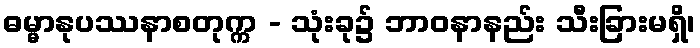
ဓမ္မာနုပဿနာစတုက္က - သုံးခု၌ ဘာဝနာနည်း သီးခြားမရှိ၊